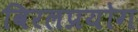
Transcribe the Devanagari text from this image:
विरलप्रयोग